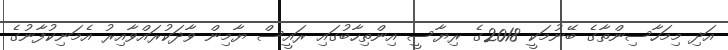
އަދި މިމަހާސިންތާގެ ބޭނުމަކީ 2018ގެ ރިޔާސީ އިންތިހާބުގައި ރައީސް ޔާމިން ވާދަކުރައްވާއިރު އެމަނިކުފާނުގެ